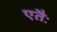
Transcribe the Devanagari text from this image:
एतैः